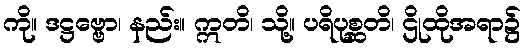
ကို။ ဒဋ္ဌဗ္ဗော၊ နည်း။ ဣတိ၊ သို့။ ပရိပုစ္ဆတိ၊ ဌိုထိုအရာ၌